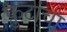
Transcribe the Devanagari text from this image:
फ़ुटांचा